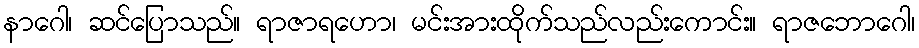
နာဂေါ၊ ဆင်ပြောသည်။ ရာဇာရဟော၊ မင်းအားထိုက်သည်လည်းကောင်း။ ရာဇဘောဂေါ၊